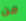
من